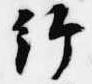
給